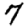
Digit: 7